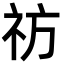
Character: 祊